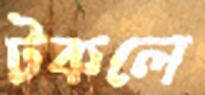
টকলে